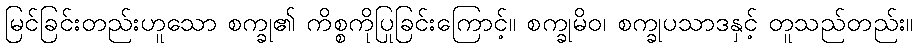
မြင်ခြင်းတည်းဟူသော စက္ခု၏ ကိစ္စကိုပြုခြင်းကြောင့်။ စက္ခုမိဝ၊ စက္ခုပသာဒနှင့် တူသည်တည်း။